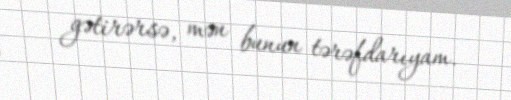
gətirərsə, mən bunun tərəfdarıyam.